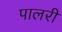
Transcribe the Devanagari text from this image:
पालरी